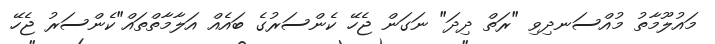
މައުލޫމާތު މުއްސަނދިވި "ރަތް ދިދަ" ނަގަން ޖެހޭ ކެންސަރުގެ ބައެއް އަލާމާތްތައް"ކެންސަރު ޖެހޭ